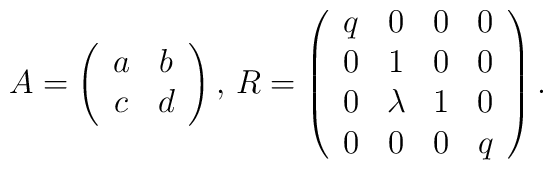
A=\left( \begin{array}{cc}a&b\\c&d\end{array} \right),\,R=\left( \begin{array}{cccc}q&0&0&0\\0&1&0&0\\0&\lambda &1&0\\0&0&0&q\end{array} \right).